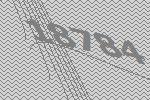
18784